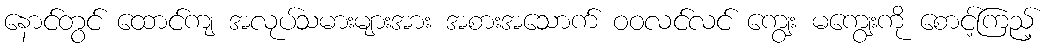
နောင်တွင် ထောင်ကျ အလုပ်သမားများအား အစားအသောက် ဝဝလင်လင် ကျွေး မကျွေးကို စောင့်ကြည့်